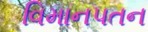
વિમાનપતન